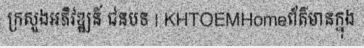
ក្រសួងអភិវឌ្ឍន៍ ជនបទ | KHTOEMHomeព័ត៌មានក្នុង